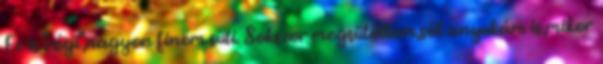
Ez is "régi",nagyon finom süti. Sokszor megsütöttem,sőt anyukám is,mikor